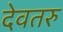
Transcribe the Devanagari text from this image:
देवतरु